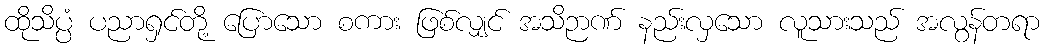
ထိုသိပ္ပံ ပညာရှင်တို့ ပြောသော စကား ဖြစ်လျှင် အသိဉာဏ် နည်းလှသော လူသားသည် အလွန်တရာ